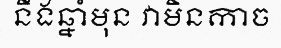
នឹងឆ្នាំមុន វាមិនកាច